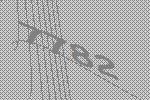
7782